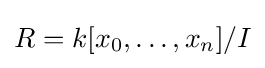
R=k[x_{0},\ldots ,x_{n}]/I